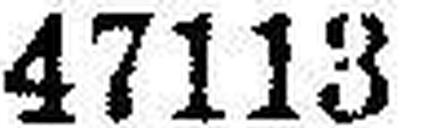
47113